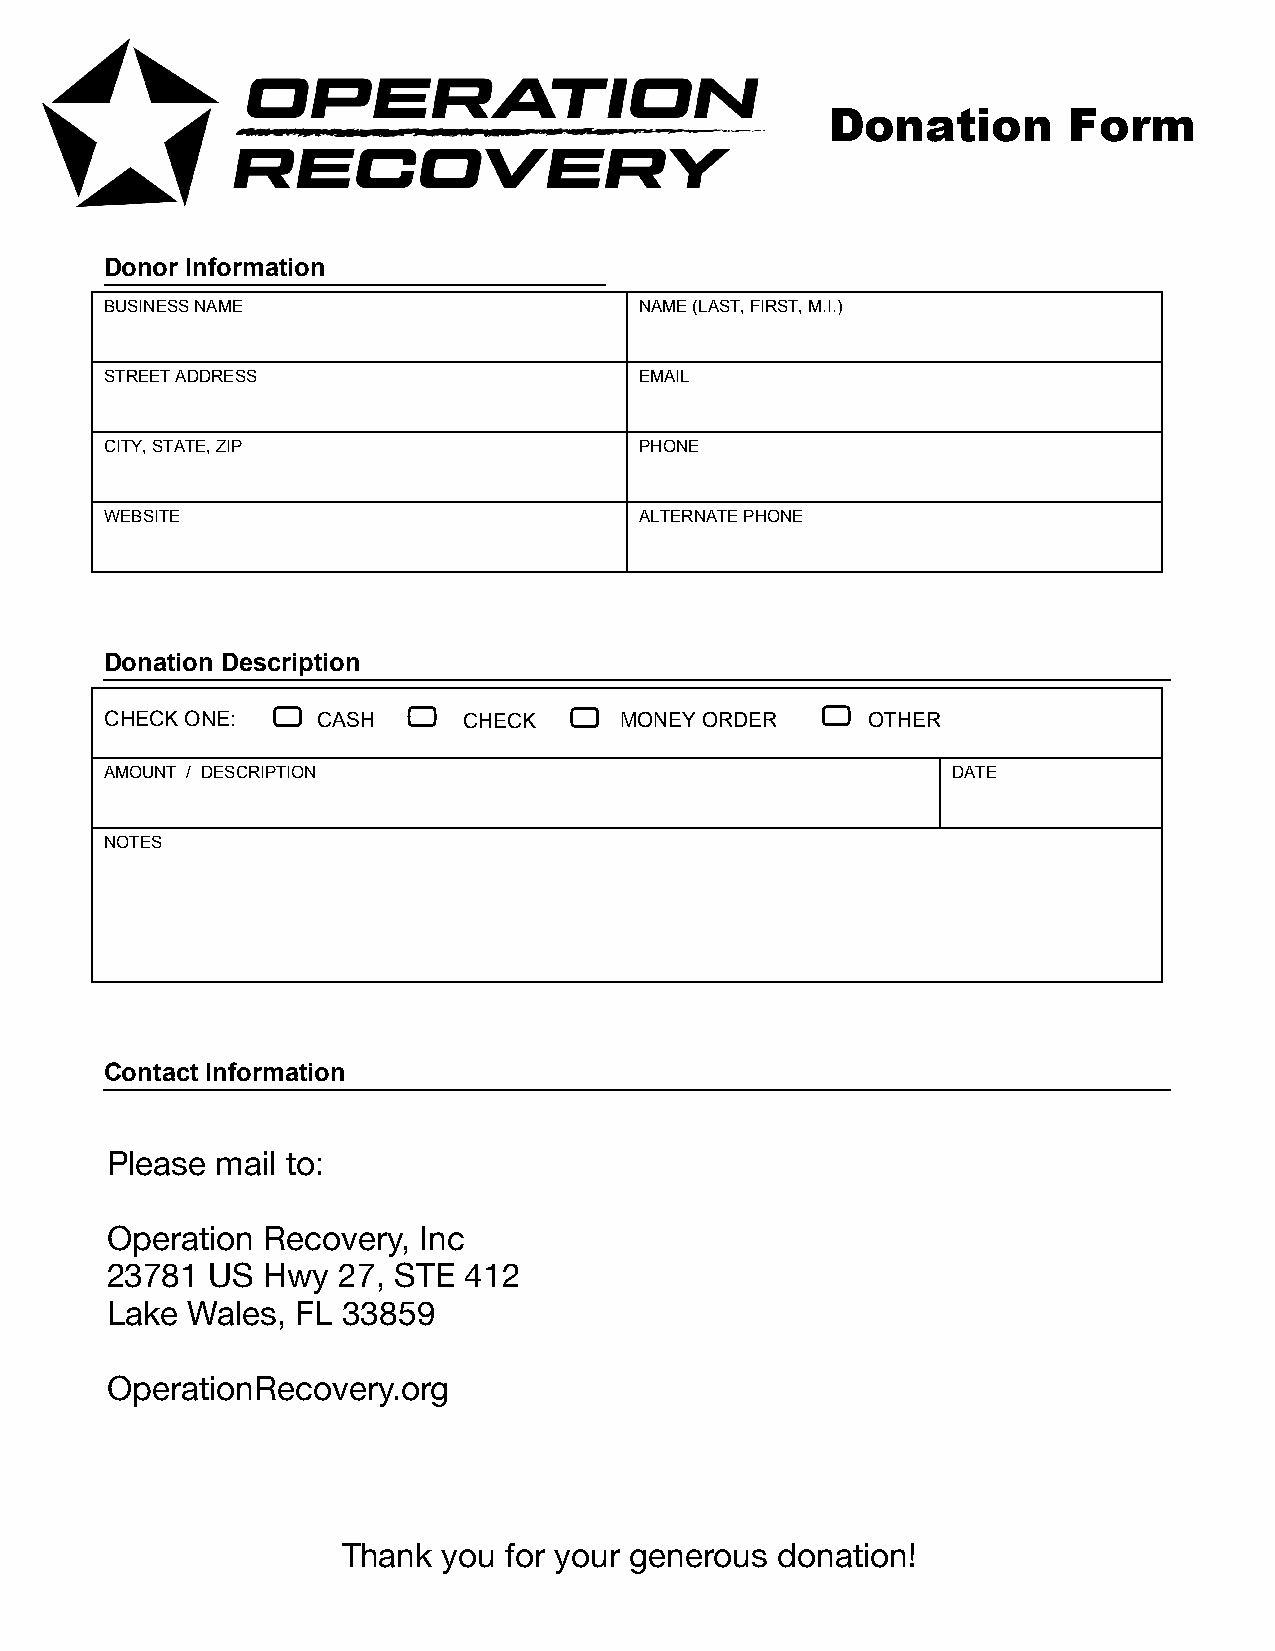
Donation        Form
 Donor Information
 BUSINESS NAME                      NAME (LAST, FIRST, M.I.)
 STREET ADDRESS                     EMAIL
 CITY, STATE, ZIP                   PHONE
 WEBSITE                            ALTERNATE PHONE
 Donation Description
 CHECK ONE:    CASH      CHECK     MONEY ORDER     OTHER
 AMOUNT / DESCRIPTION                                    DATE
 NOTES
 Contact Information
 Please mail to:
 Gyros For Heroes Foundation
 23781 US Hwy 27 STE 412
 Operation Recovery,  Inc
 L2a3k7e 8W1a lUesS, F HL 3w3y8 5297 , STE 412
 Lake Wales,  FL 33859
 Email: donor@gfhfoundation.org
 ​
 OperationRecovery.org
 www.gfhfoundation.org
 Thank you for your generous donation!